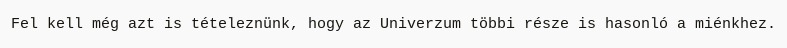
Fel kell még azt is tételeznünk, hogy az Univerzum többi része is hasonló a miénkhez.